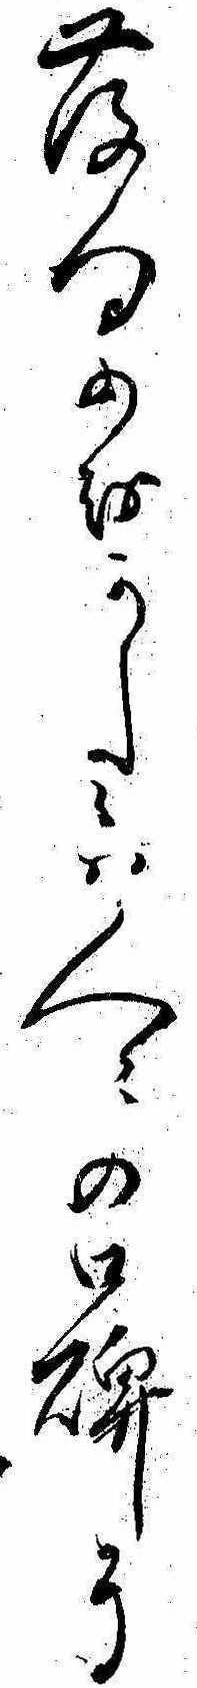
発句のをかしみは人々の口碑に